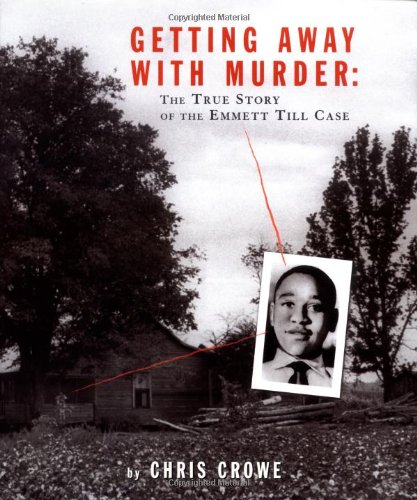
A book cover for Getting Away with Murder: The True Story of the Emmett Till Case; Chris Crowe; Teen & Young Adult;